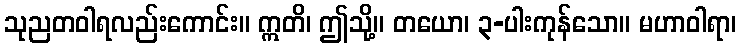
သုညတဝါရလည်းကောင်း။ ဣတိ၊ ဤသို့။ တယော၊ ၃-ပါးကုန်သော။ မဟာဝါရာ၊